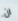
ان